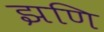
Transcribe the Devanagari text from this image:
झणि